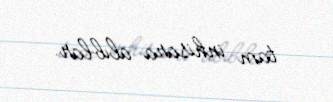
tam inhisara alıblar.